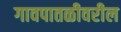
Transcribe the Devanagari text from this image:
गावपातळीवरील